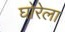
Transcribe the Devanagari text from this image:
घोरेला